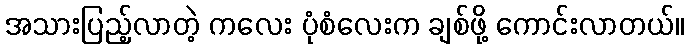
အသားပြည့်လာတဲ့ ကလေး ပုံစံလေးက ချစ်ဖို့ ကောင်းလာတယ်။